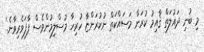
މި ބުނި ދައުލަތް ޤާއިމު ކުރަން މަސައްކަތް ނުކުރަންޏާ ހުރިހާ މުސްލިމުންވެސް ފާފަވެރިވާނެ.'